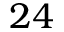
2 4